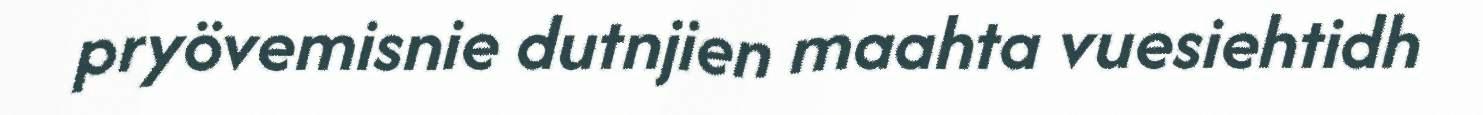
pryövemisnie dutnjien maahta vuesiehtidh